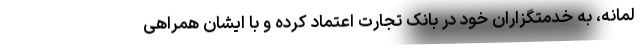
لمانه، به خدمتگزاران خود در بانک تجارت اعتماد کرده و با ایشان همراهی